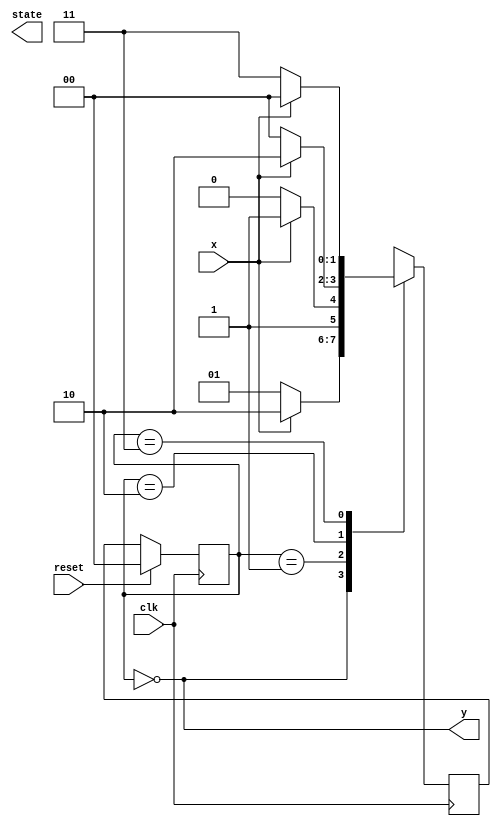
module fsm(
  input clk,
  input reset,
  input x,
  output reg state,
  output y
);
localparam [1:0]
	a=0,
	b=1,
	c=2,
	d=3,
	e=4;
reg [1:0]curstate, nxtstate;

always@(posedge clk) begin
  if(reset) begin
    curstate <= a;
  end
  else begin
    curstate <= nxtstate;
  end
end

always@(posedge clk) 
begin
  case(curstate)
	  a: begin
		  if(x) 
			  begin
				  nxtstate = c;
			  end
  		  else
  		  	  begin
			  	  nxtstate = b;
		  	  end
  end
  b: begin
	    if(x)
	    begin
		    nxtstate = d;
	    end
 	    else
	    begin	
	            nxtstate = c;
            end
    end

    c: begin
	    if(x)
	    begin 
	    	    nxtstate = c;
    	    end
    	    else
            begin 
	    	    nxtstate = e;
	    end
    end

    d:
    begin
	    if(x) 
		    begin
			    nxtstate = e; 
	            end
			    else 
				    begin
					    nxtstate = d;
				    end
    end
    e:
    begin
	    if(x) 
		    begin
			    nxtstate = d;
		    end 
            else
		    begin 
		    	     nxtstate = b;
	            end
    end
  endcase
end
assign y = (curstate == e);
endmodule